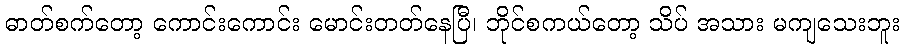
ဓာတ်စက်တော့ ကောင်းကောင်း မောင်းတတ်နေပြီ၊ ဘိုင်စကယ်တော့ သိပ် အသား မကျသေးဘူး